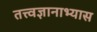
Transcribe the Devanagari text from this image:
तत्त्वज्ञानाभ्यास